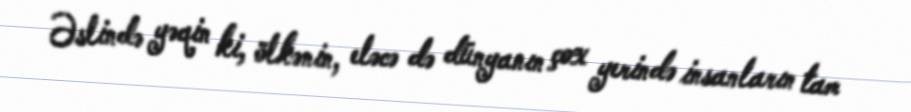
Əslində yəqin ki, ölkənin, eləcə də dünyanın çox yerində insanların tam